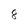
Character: 8